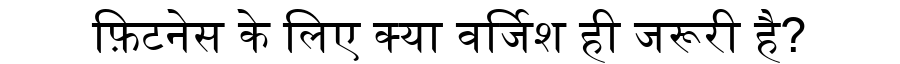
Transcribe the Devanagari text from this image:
फ़िटनेस के लिए क्या वर्जिश ही जरूरी है?